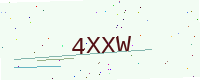
Text: 4XXW